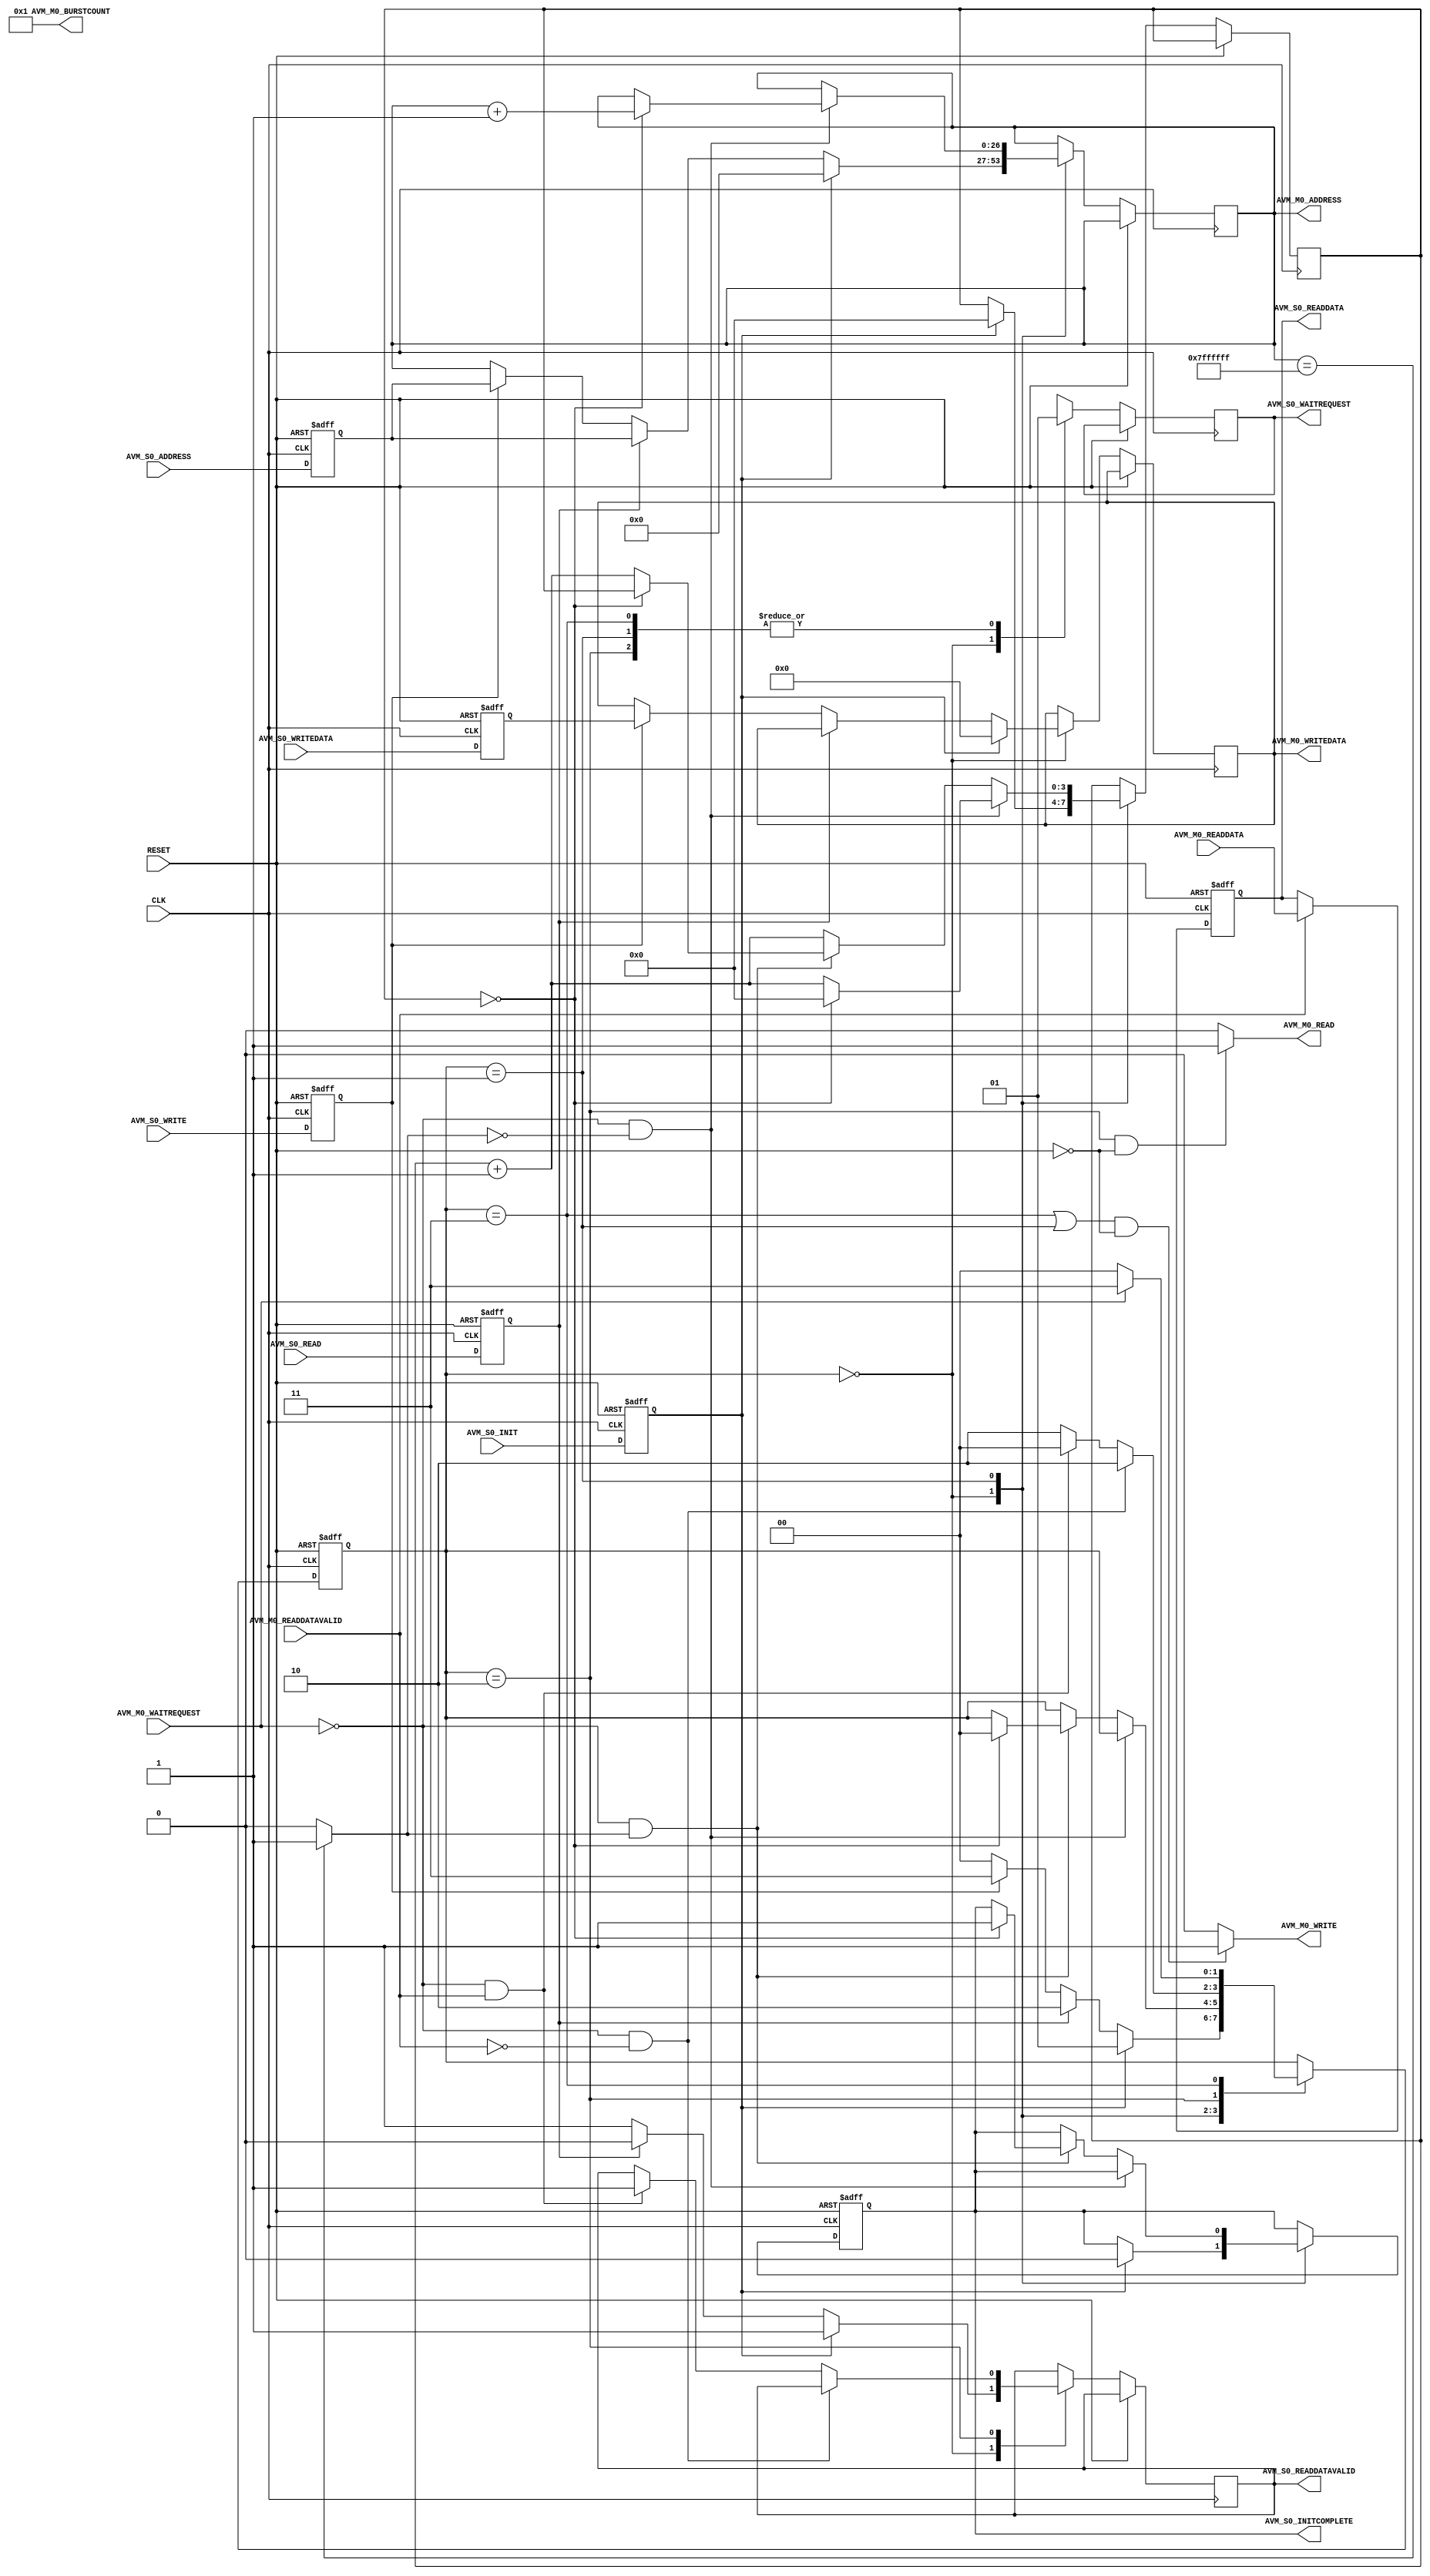
module SDRAM_CONTROLLER (
        // clock and RESET
        input 		                CLK
       ,input 		                RESET
        
        // avalon-mm master bi-direct
       ,input                       AVM_M0_WAITREQUEST
       ,input       [DATA_WID-1:0]	AVM_M0_READDATA
       ,input                       AVM_M0_READDATAVALID
       ,output                      AVM_M0_READ
       ,output                      AVM_M0_WRITE
       ,output reg  [DATA_WID-1:0]	AVM_M0_WRITEDATA
       ,output reg  [ADDR_WID-1:0]	AVM_M0_ADDRESS
       ,output      [        10:0]  AVM_M0_BURSTCOUNT
        
        // avalon-mm slave
       ,input                       AVM_S0_INIT
       ,input                       AVM_S0_READ
       ,input                       AVM_S0_WRITE
       ,input       [ADDR_WID-1:0]  AVM_S0_ADDRESS
       ,input       [DATA_WID-1:0]  AVM_S0_WRITEDATA
       ,output reg  [DATA_WID-1:0]  AVM_S0_READDATA
       ,output                      AVM_S0_INITCOMPLETE
       ,output                      AVM_S0_WAITREQUEST
       ,output                      AVM_S0_READDATAVALID
	);

// ===================================================
//	 Definitions
// ===================================================	
    `define  ADDR			29'h1fff_ffff	// Maximum
    `define  BURST_LENGTH	1

// ===================================================
//	 Parameters
// ===================================================
    parameter ADDR_WID = 27;
    parameter DATA_WID = 32;

// ===================================================
//	 Local Parameters
// ===================================================
    localparam IDLE  = 2'd0;
    localparam INIT  = 2'd1;
    localparam READ  = 2'd2;
    localparam WRITE = 2'd3;

// ===================================================
//	 Input Registered
// ===================================================
    // Avalon-mm Slave
    reg [ADDR_WID-1:0] 	avs_address_sync1;
    reg [DATA_WID-1:0] 	avs_writedata_sync1;
    reg 				avs_init_sync1;
    reg 				avs_read_sync1;
    reg 				avs_write_sync1;
    
    always @(posedge CLK or posedge RESET)
    begin 
        if (RESET) begin 
            avs_init_sync1  	<= 0;
            avs_read_sync1  	<= 0;
            avs_write_sync1 	<= 0;
            avs_address_sync1 	<= 0;
            avs_writedata_sync1 <= 0;
        end 
        else begin 
            avs_init_sync1  	<= AVM_S0_INIT;
            avs_read_sync1  	<= AVM_S0_READ;
            avs_write_sync1 	<= AVM_S0_WRITE;
            avs_address_sync1 	<= AVM_S0_ADDRESS;
            avs_writedata_sync1 <= AVM_S0_WRITEDATA;
        end
    end
    
// ===================================================
//	 Logic Declarations
// ===================================================	
    // Init RESET
    wire [ADDR_WID-1:0] max_address;
    assign max_address = {ADDR_WID{1'b1}};
    
    wire max_avm_address;
    assign max_avm_address = (AVM_M0_ADDRESS == max_address) ? 1'b1 : 1'b0;
    
    // burst count 
    reg [3:0] wr_burst_count;
    
    // complete signal
    reg drv_status_waitrequest;
    reg drv_status_init_complete;
    reg drv_status_readdatavalid;
    
    // -- Finite State Machine
    reg [1:0] current_state;
    //reg [1:0] next_state;
    
    always @(posedge CLK or posedge RESET) 	// Async RESET
    begin 
        if (RESET) begin
            current_state <= IDLE;
            drv_status_init_complete <= 0;
        end
        
        // out of RESET
        else begin
            case (current_state)
                // IDLE 
                IDLE : begin
                    drv_status_waitrequest   <= 1'b0;
                    drv_status_readdatavalid <= 1'b1;
                    
                    // Init Enable
                    if (avs_init_sync1 == 1) begin
                        AVM_M0_ADDRESS   <= 0;
                        AVM_M0_WRITEDATA <= 0;
                        wr_burst_count 	 <= 0;
                        current_state 	 <= INIT;	// Go to INIT
                        drv_status_init_complete <= 0;
                    end
                    // Read Enable
                    else if (avs_read_sync1 == 1) begin 
                        AVM_M0_ADDRESS <= avs_address_sync1;
                        drv_status_readdatavalid <= 1'b0;
                        current_state  <= READ;	// Go to READ
                    end 
                    
                    // Write Enable
                    else if (avs_write_sync1 == 1) begin
                        AVM_M0_ADDRESS   <= avs_address_sync1;
                        AVM_M0_WRITEDATA <= avs_writedata_sync1;
                        current_state    <= WRITE; // Go to WRITE
                    end
                    
                    // Catch-all
                    else begin
                        AVM_M0_ADDRESS   <= AVM_M0_ADDRESS;
                        AVM_M0_WRITEDATA <= AVM_M0_WRITEDATA;
                        current_state <= IDLE; 	// Wait here IDLE
                    end
                end
                
                // INIT STATE
                INIT : begin
                    drv_status_waitrequest <= 1'b1;
                    
                    // Not at Max address
                    if (!AVM_M0_WAITREQUEST & !max_avm_address) begin 
                        if (wr_burst_count == 0) begin 
                            AVM_M0_ADDRESS <= AVM_M0_ADDRESS + 1;
                            wr_burst_count <= 0;
                        end
                        else begin 
                            wr_burst_count <= wr_burst_count + 1;
                        end
                    end
    
                    // Max address 
                    else if (!AVM_M0_WAITREQUEST & max_avm_address) begin 
                        if (wr_burst_count == 0) begin 
                            drv_status_init_complete <= 1;
                            current_state <= IDLE;	// Go back to IDLE (complete)
                        end
                        else begin 
                            wr_burst_count <= wr_burst_count + 1;
                        end
                    end
                    
                    // Catch-all
                    else begin 
                        wr_burst_count <= wr_burst_count + 1;
                    end 
                end
                
                // READ STATE
                READ : begin
                    drv_status_waitrequest <= 1'b1;
                    
                    if (!AVM_M0_WAITREQUEST & !AVM_M0_READDATAVALID) begin
                        current_state <= READ;	// Wait here
                    end
                    else if (!AVM_M0_WAITREQUEST & AVM_M0_READDATAVALID) begin
                        drv_status_readdatavalid <= 1'b1;
                        current_state <= IDLE; 
                    end
                    else begin
                        current_state <= READ; // Wait here
                    end
                end
                
                // WRITE STATE
                WRITE : begin
                    drv_status_waitrequest <= 1'b1;
                    
                    if (!AVM_M0_WAITREQUEST)	current_state <= IDLE;
                    else 						current_state <= WRITE; // Wait here
                end 
                
                // catch-all
                default : begin 
                    current_state <= current_state;
                end 
            endcase
        end
    end 
    
    // Avalon-mm Master Output Assignment (to DDR3)
    assign AVM_M0_BURSTCOUNT = `BURST_LENGTH;
    assign AVM_M0_WRITE = ((current_state==WRITE || current_state==INIT) && RESET==0) ? 1'b1 : 1'b0;
    assign AVM_M0_READ  = (current_state==READ && RESET==0) ? 1'b1 : 1'b0;
    
    // Avalon-mm Slave Output Assignment (from DDR3 to FPGA)
    assign AVM_S0_WAITREQUEST   = drv_status_waitrequest;
    assign AVM_S0_INITCOMPLETE  = drv_status_init_complete;
    assign AVM_S0_READDATAVALID = drv_status_readdatavalid;
    
    // Registered Output
    always @(posedge CLK or posedge RESET) 
    begin 
        // Reset
        if 		(RESET)					AVM_S0_READDATA <= 0;
        else if (AVM_M0_READDATAVALID)	AVM_S0_READDATA <= AVM_M0_READDATA;
        else 							AVM_S0_READDATA <= AVM_S0_READDATA;
    end 
endmodule